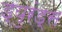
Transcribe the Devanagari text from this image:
ड्युरंड्स